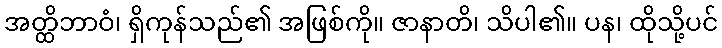
အတ္ထိဘာဝံ၊ ရှိကုန်သည်၏ အဖြစ်ကို။ ဇာနာတိ၊ သိပါ၏။ ပန၊ ထိုသို့ပင်